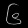
Digit: ၆